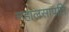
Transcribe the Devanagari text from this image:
महालसापति